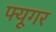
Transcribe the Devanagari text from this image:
फ्यूगर